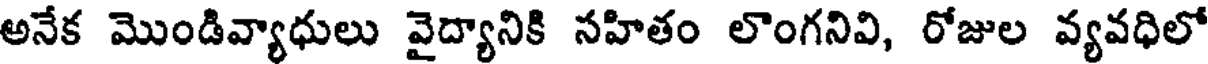
అనేక మొండివ్యాధులు వైద్యానికి సహితం లొంగనివి, రోజుల వ్యవధిలో